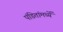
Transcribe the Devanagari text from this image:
पंडितांमध्यें